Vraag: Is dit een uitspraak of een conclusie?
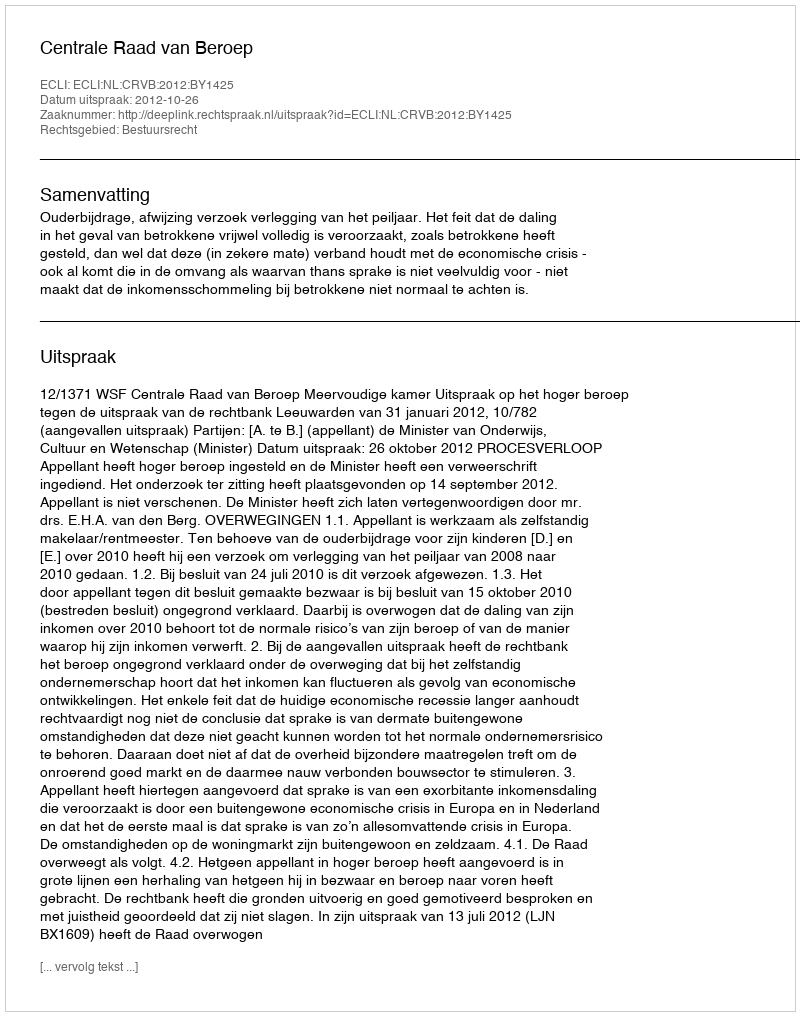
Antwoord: Uitspraak